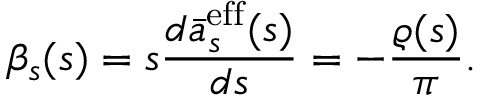
\beta _ { s } ( s ) = s \frac { d \bar { a } _ { s } ^ { \mathrm { e f f } } ( s ) } { d s } = - \frac { \varrho ( s ) } { \pi } .